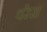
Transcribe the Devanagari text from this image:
वरेस